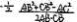
- \frac { 1 } { 2 } \frac { A B ^ { 2 } + C B ^ { 2 } - A C ^ { 2 } } { 2 A B \cdot C B }